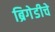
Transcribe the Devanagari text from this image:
ब्रिगेडीचे